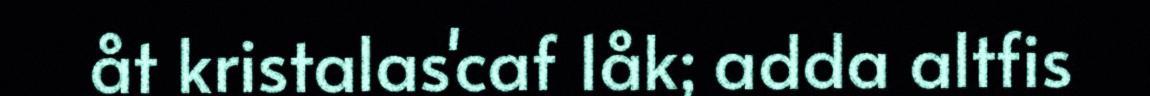
åt kristalas'caf 1åk; adda altfis